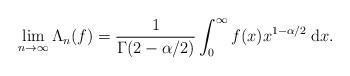
LaTeX: \begin{align*}\lim_{n \to \infty} \Lambda_n (f) = \frac{1}{\Gamma(2 - \alpha/2)} \int_0^\infty f(x) x^{1-\alpha/2} {\: \rm d}x.\end{align*}